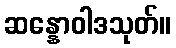
ဆန္နောဝါဒသုတ်။